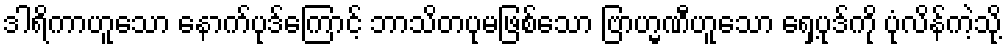
ဒါရိကာဟူသော နောက်ပုဒ်ကြောင့် ဘာသိတပုမဖြစ်သော ဗြာဟ္မဏီဟူသော ရှေ့ပုဒ်ကို ပုံလိန်ကဲ့သို့